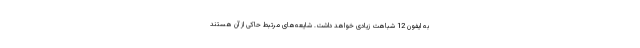
به ایفون 12 شباهت زیادی خواهد داشت. شایعه‌های مرتبط حاکی از آن هستند